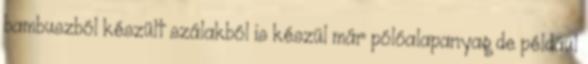
bambuszból készült szálakból is készül már pólóalapanyag de például